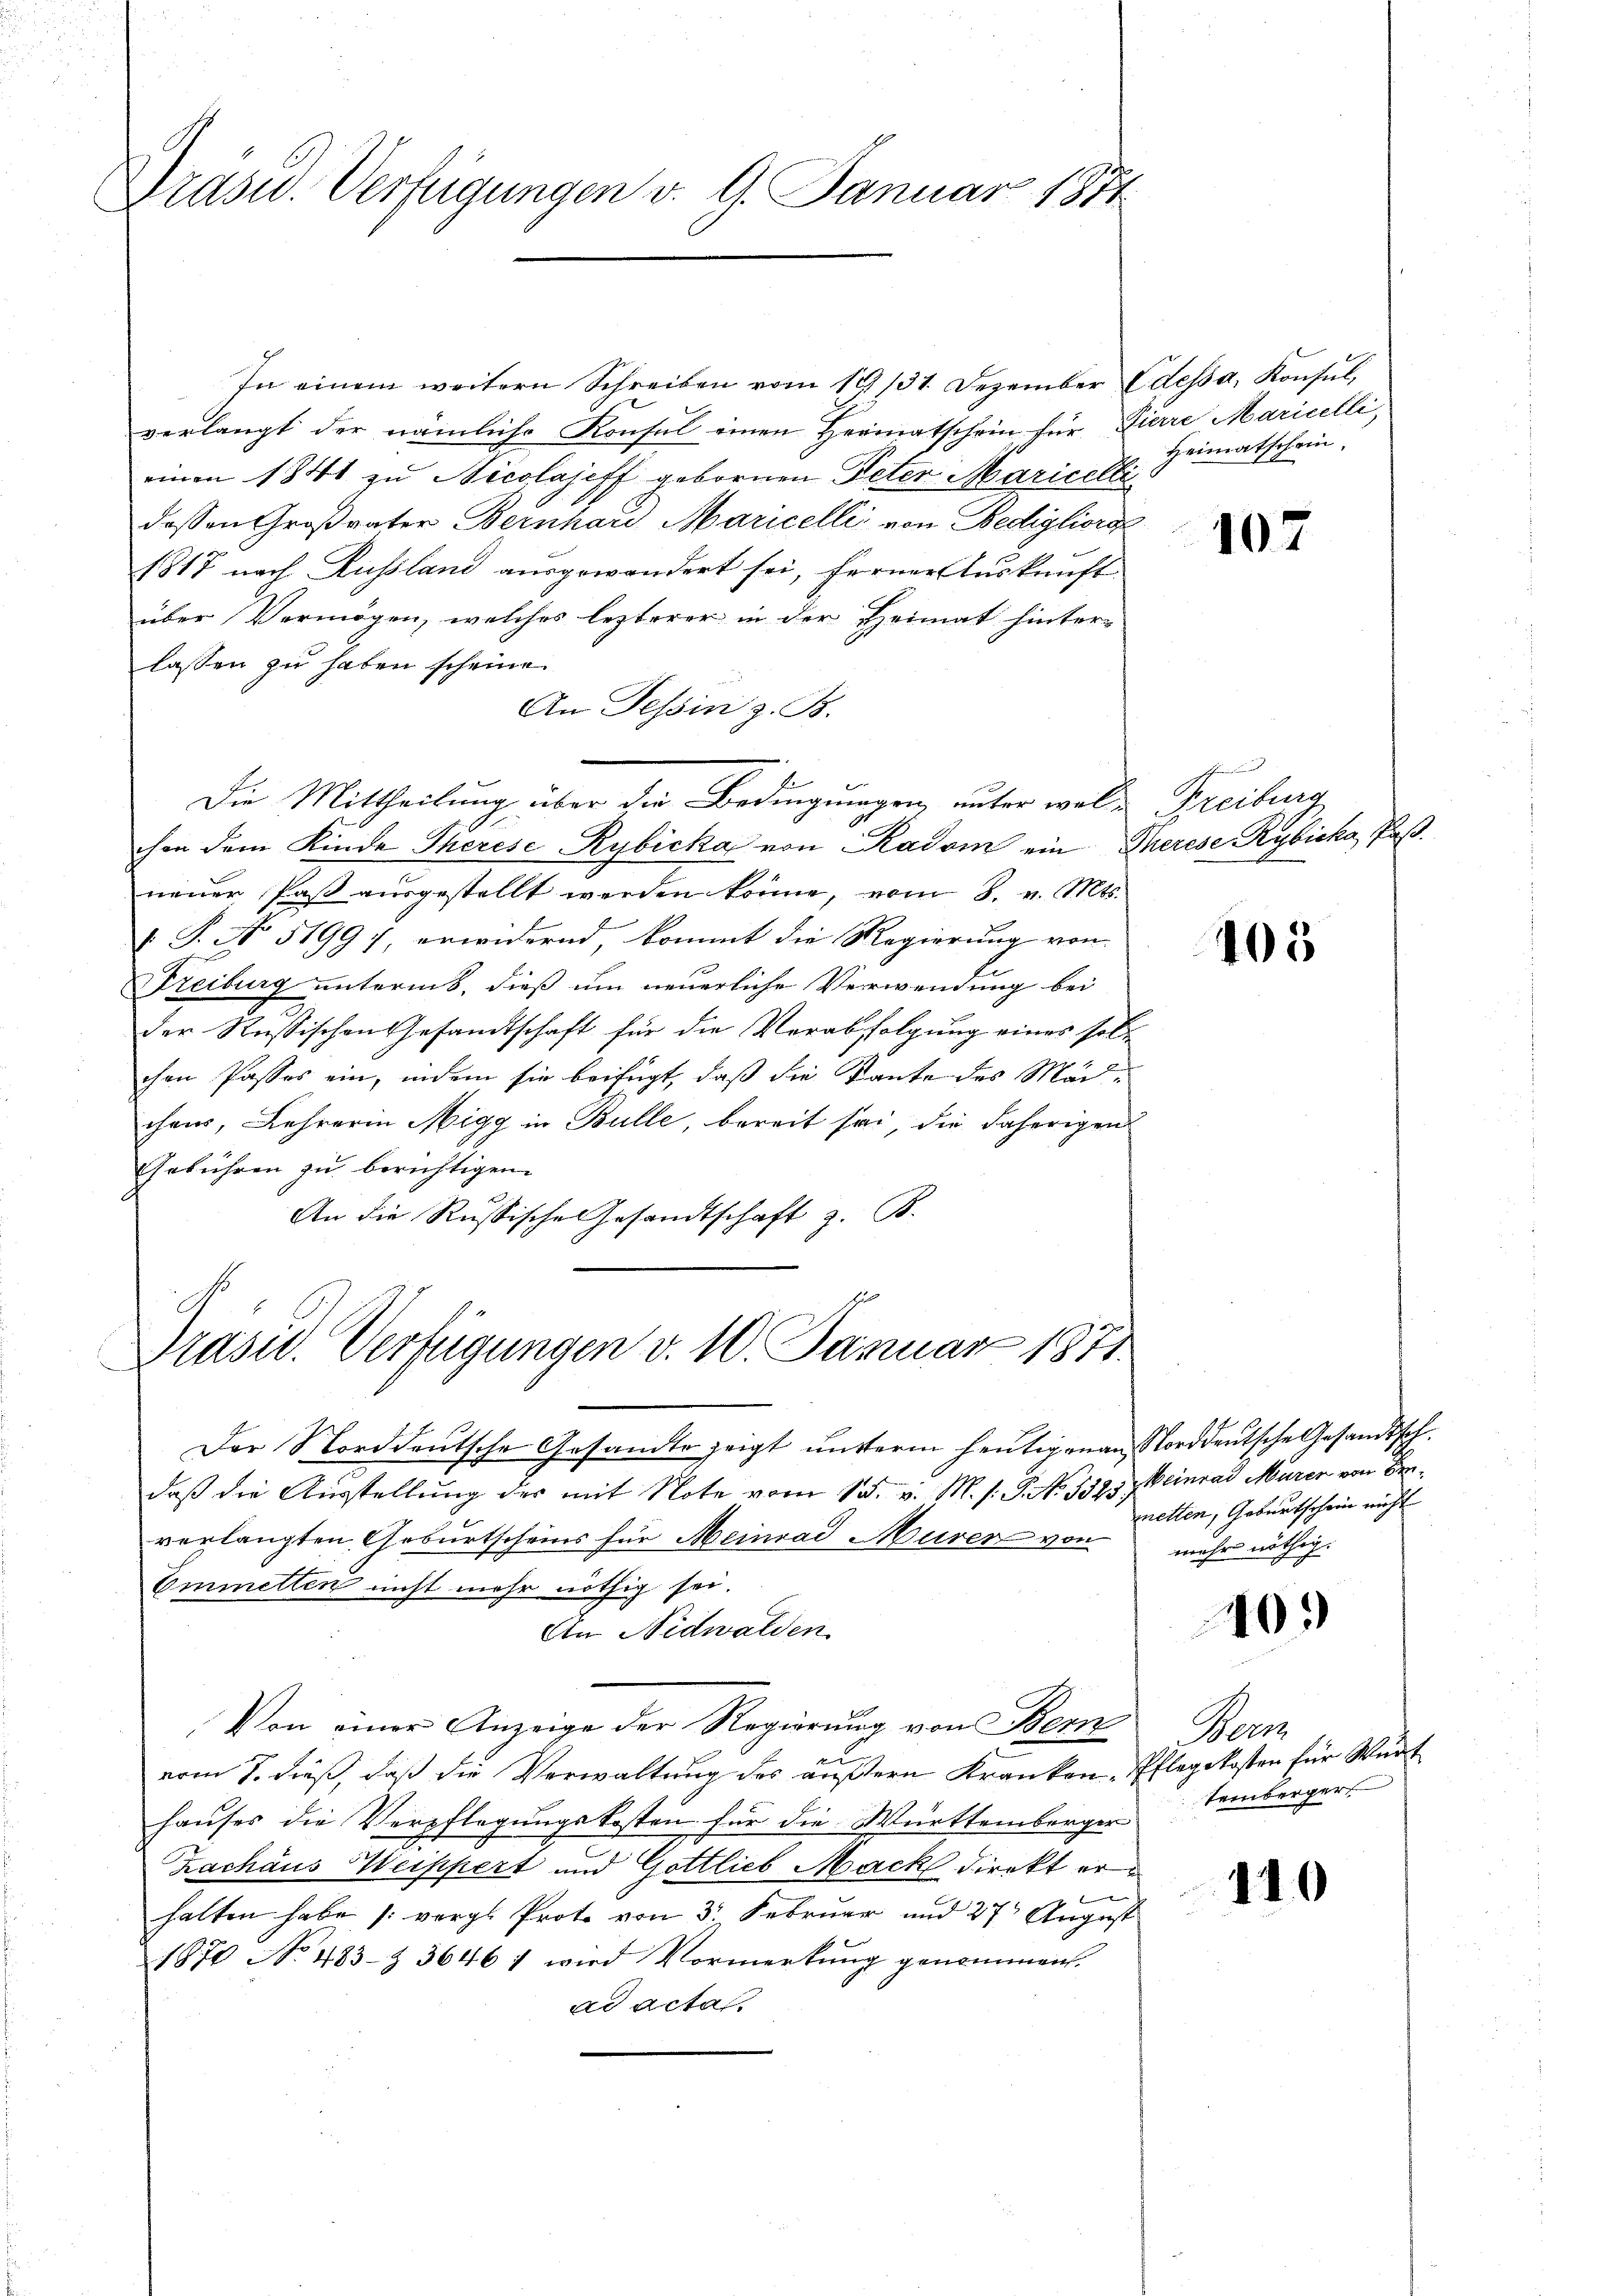
Präsid. Verfügungen v. 9. Januar 1871

In einem weitern Schreiben vom 19/31. Dezember dessa, Konsul,
verlangt der nämliche Konsul einen Herinatschein für Pierre Maricelli,
einen 1841 zu Nicolajeff gebornen Peter Maricelli
dessen Großvater Bernhard Maricelli von Bedigliora
1817 nach Russland ausgewandert sei, ferner Auskunft
über Vermögen, welches lezterer in der Heimat hinter-
lassen zu haben scheine.
An Tessin z. B.
chon dem Kinde Therese Rybicka von Radom ein Therese Rybicka, Paß
neŭer Paβ aŭsgestellt werden könne, vom 8. v. Mts.
 S. No 51997, erwidernd, kommt die Regierung von
Freiburg unterms, dieß um neuerliche Verwendung bei
der Russischen Gesandtschaft für die Verabfolgung eines solle
chen Passes ein, indem sie beifügt, daß die Tante des Mädchens, Lehrerin Migg in Bulle, bereit sei, die daherigen
Gebühren zu berichtigen.
An die Russische Gesandtschaft z. B.
E

Die Mittheilung über die Bedingungen, unter wolle Freibung

Präsid. Verfügungen v. 10. Januar 1871.

Der Norddeutsche Gesandte zeigt unterm heutigenen Norddeutsche Gesandtschdaß die Ausstellung des mit Note vom 15. v. M. h. T. No. 5325. Weinrad Murer von Beverlangten Geburtscheins für Meinrad Murer von
Emmetten nicht mehr nöthig sei.
An Nidwalden.
Von einer Anzeige der Regierung von Bern
en
vom 7. dieß, daß die Verwaltung des äußern Kranken-Pflegekosten für Wurt
hauses die Verpflegungskosten für die Württemberger
Zachaus Weippert und Gottlieb Mack direkt erhalten habe (vergl. Prote von 3 Februar und 27 August
1870 No 483 § 3646 1 wird Vormerkung genommen.
ad acta.

Heimatschein.

107

405

metten, Geburtschein nicht
mehr nöthig.

40.

Wer
temberger

110